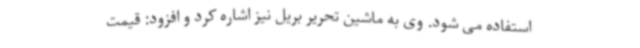
استفاده می شود. وی به ماشین تحریر بریل نیز اشاره کرد و افزود: قیمت